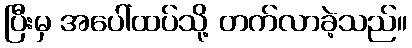
ပြီးမှ အပေါ်ထပ်သို့ တက်လာခဲ့သည်။